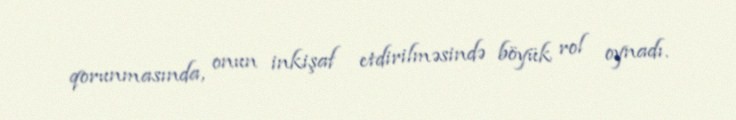
qorunmasında, onun inkişaf etdirilməsində böyük rol oynadı.